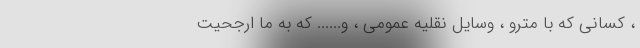
، کسانی که با مترو ، وسایٔل نقلیه عمومی ، و...... که به ما ارجحیت